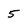
Character: 5